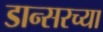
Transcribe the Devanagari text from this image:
डान्सरच्या